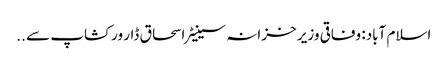
اسلام آباد: وفاقی وزیر خزانہ سینیٹر اسحاق ڈار ورکشاپ سے ..